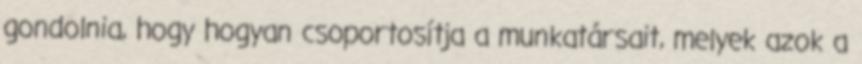
gondolnia, hogy hogyan csoportosítja a munkatársait, melyek azok a